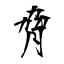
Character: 脅